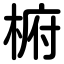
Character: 椨